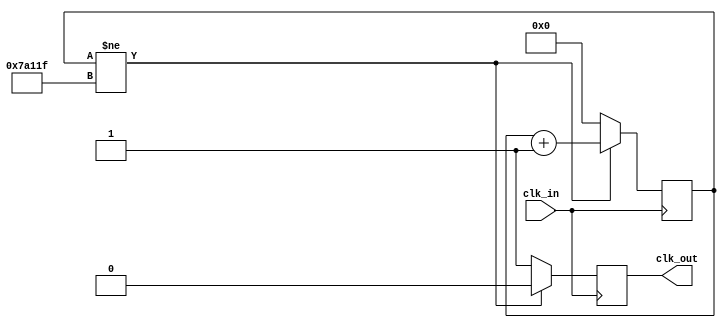
`timescale 1ns / 1ps
//////////////////////////////////////////////////////////////////////////////////
// Company: 
// Engineer: 
// 
// Design Name: 
// Module Name: SlowClock_100Hz
// Project Name: 
// Target Devices: 
// Tool Versions: 
// Description: 
// 
// Dependencies: 
// 
// Revision:
// Revision 0.01 - File Created
// Additional Comments:
// 
//////////////////////////////////////////////////////////////////////////////////


module SlowClock_100Hz(

   input clk_in, // input clock which is 100 mHz from the Basys 3 board
    output reg clk_out // slow clock at 100 Hz frequency 
    );
    
    reg[20:0] period_count = 0;
    
    always @(posedge clk_in)
        if(period_count != 500000 - 1) //if the statement is not true, period_count cnot equivalent to 499999
            begin
                period_count <= period_count + 1; //increment period_count by 1
                clk_out <=0; //clk_out gets set to 0
            end
        else
            begin
                period_count <=0; // reset count to 0
                clk_out <= 1; // clk_out gets set to 1
            end
    endmodule